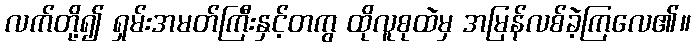
လက်တို့၍ ရှမ်းအမတ်ကြီးနှင့်တကွ ထိုလူစုထဲမှ အမြန်လစ်ခဲ့ကြလေ၏။